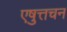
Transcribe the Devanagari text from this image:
एषुत्तचन